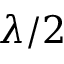
\lambda / 2